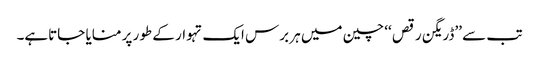
تب سے ’’ڈریگن رقص ‘‘ چین میں ہر برس ایک تہوار کے طور پر منایا جاتاہے۔